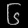
Digit: ၆